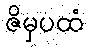
ဇိမှပထံ